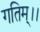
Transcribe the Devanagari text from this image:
गतिम्।।